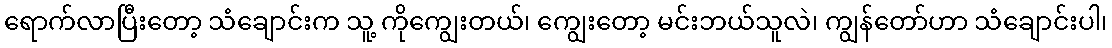
ရောက်လာပြီးတော့ သံချောင်းက သူ့ ကိုကျွေးတယ်၊ ကျွေးတော့ မင်းဘယ်သူလဲ၊ ကျွန်တော်ဟာ သံချောင်းပါ၊